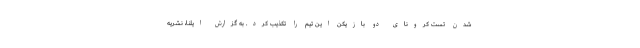
شدن تست کرونای دو بازیکن این تیم را تکذیب کرد. به گزارش ایلنا، نشریه